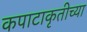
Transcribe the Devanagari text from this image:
कपाटाकृतीच्या